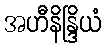
အဟီနိန္ဒြိယံ